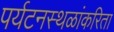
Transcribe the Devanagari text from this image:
पर्यटनस्थळांकरिता